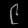
Digit: ၉